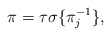
\begin{align*}\pi = \tau \sigma \{\pi_j^{-1}\},\end{align*}